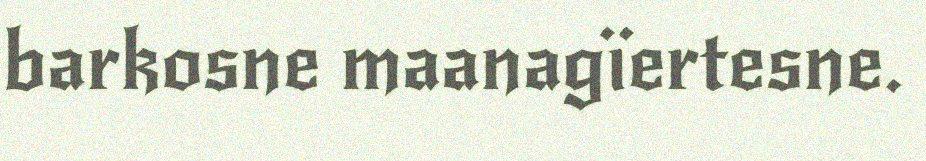
barkosne maanagïertesne.